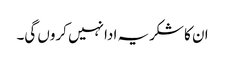
ان کا شکریہ ادا نہیں کروں گی۔